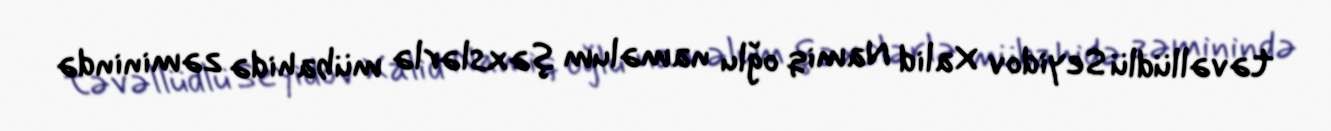
təvəllüdlü Seyidov Xalid Namiq oğlu naməlum şəxslərlə mübahidə zəminində